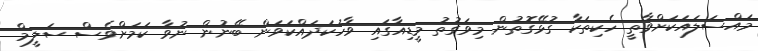
މައްސަލައަކަށްވާތީ ހެކިތަކާ ގުޅޭގޮތުން މިވަގުތު މީޑިއާގައި ވާހަކަދައްކަވަން ބޭނުން ނުވާ ކަމަށްވެސް ސަލީމް